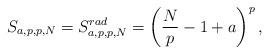
LaTeX: \begin{align*}S_{a,p,p,N} = S_{a,p,p,N} ^{rad} =\left( \frac{N}{p} -1+a\right) ^p ,\end{align*}